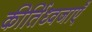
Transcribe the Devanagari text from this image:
कीर्तिध्वजाएँ